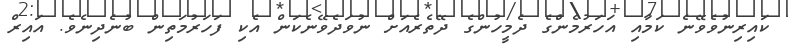
ކައިރިނުވެވޭނެ ކަމާއި އަހަރުމެންގެ ދެމީހުންގެ ދޭތެރެއަށް ނުވަދެވޭނެކަން އެކި ފަހަރުމަތިން ބުނެދިނެވެ. އައިރް